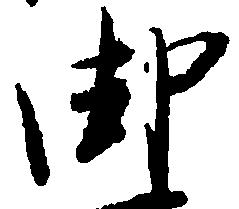
御